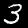
Digit: 3